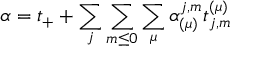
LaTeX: \alpha = t _ { + } + \sum _ { j } \sum _ { m \leq 0 } \sum _ { \mu } \alpha _ { ( \mu ) } ^ { j , m } t _ { j , m } ^ { ( \mu ) }